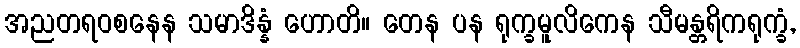
အညတရဝစနေန သမာဒိန္နံ ဟောတိ။ တေန ပန ရုက္ခမူလိကေန သီမန္တရိကရုက္ခံ,